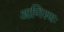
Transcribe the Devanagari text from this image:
आणिस्थः